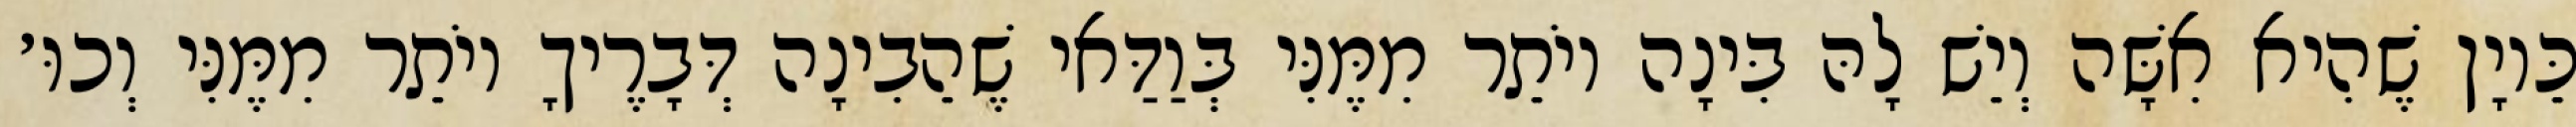
כֵּיוָן שֶׁהִיא אִשָּׁה וְיֵשׁ לָהּ בִּינָה יוֹתֵר מִמֶּנִּי בְּוַדַּאי שֶׁהֵבִינָה דְּבָרֶיךָ יוֹתֵר מִמֶּנִּי וְכוּ׳